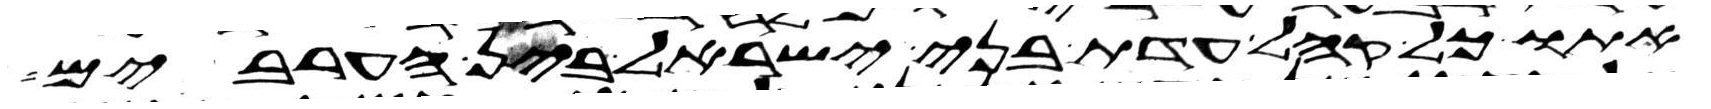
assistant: אתו כל קהל עדת בני ישראל בין הערבים